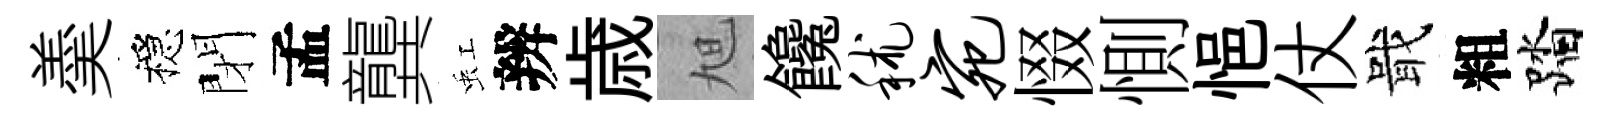
羮穩閉孟龔虹辨歳旭饞秫宛惙惻悒仗戢粗踏